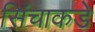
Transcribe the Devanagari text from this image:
सिंचाकडे